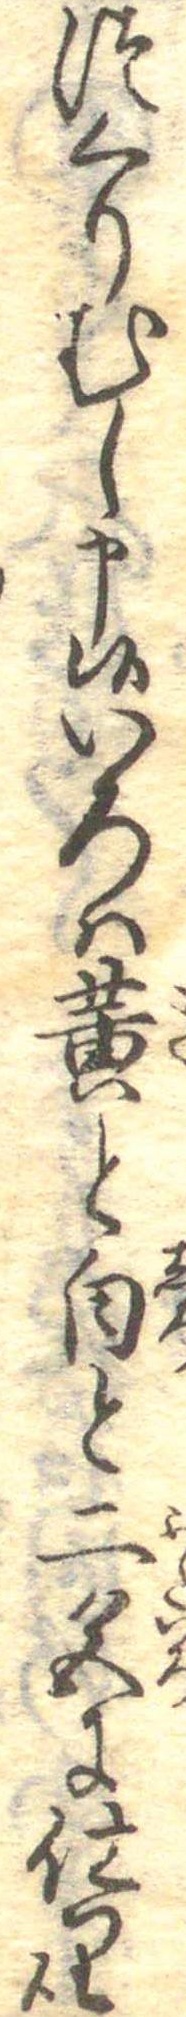
つくりむし申候いろは黄と白と二色に仕り候